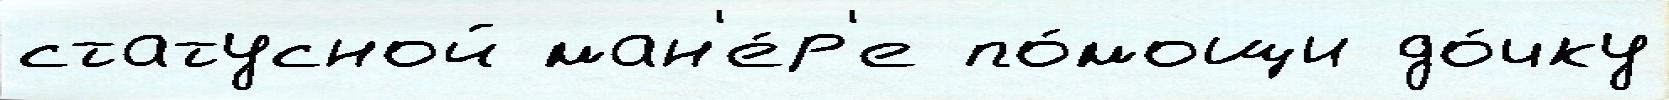
статусной ман'е́р'е по́мощи до́чку